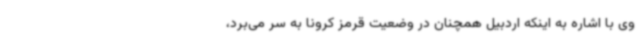
وی با اشاره به اینکه اردبیل همچنان در وضعیت قرمز کرونا به سر می‌برد،